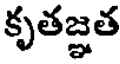
కృతజ్ఞత